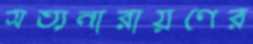
সত্যনারায়ণের